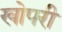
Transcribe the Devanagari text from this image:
खोपरी